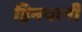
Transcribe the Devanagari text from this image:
हिनयानी